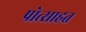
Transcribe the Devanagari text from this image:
प्रोत्साहत